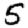
Digit: 5